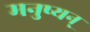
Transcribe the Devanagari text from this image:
मनुष्यन्